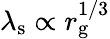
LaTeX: \lambda_{\mathrm{s}}\propto r_{\mathrm{g}}^{1/3}